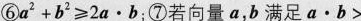
⑥$$a ^ { 2 } + b ^ { 2 } ≥ 2 a · b$$；⑦若向量a，b满足$$a · b >